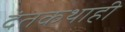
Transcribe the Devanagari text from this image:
दंतकथाही